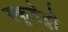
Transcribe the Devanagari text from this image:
स्कूडेट्टो